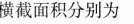
横截面积分别为